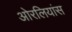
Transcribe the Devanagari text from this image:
ओरलियांस